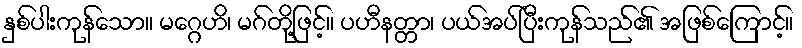
နှစ်ပါးကုန်သော။ မဂ္ဂေဟိ၊ မဂ်တို့ဖြင့်။ ပဟီနတ္တာ၊ ပယ်အပ်ပြီးကုန်သည်၏ အဖြစ်ကြောင့်။